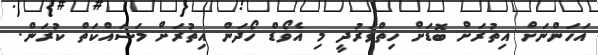
އަހަންނަށް އިތުރަށް ބޮޑަށް ހިތްވަރުދީ މި އެވޯޑް ހޯދަން އިތުރަށް މަސައްކަތް ކުރަން.